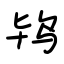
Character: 鸨